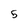
Character: 5